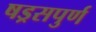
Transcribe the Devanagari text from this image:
षड्रसपुर्ण